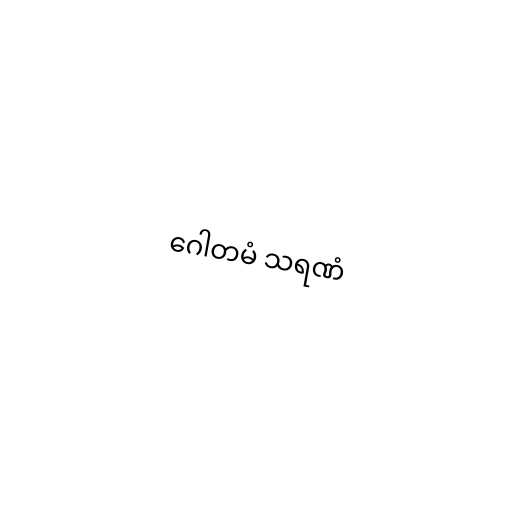
ဂေါတမံ သရဏံ